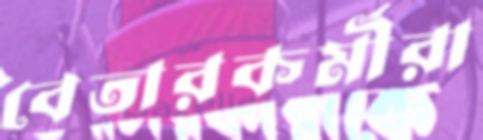
বেতারকর্মীরা